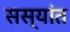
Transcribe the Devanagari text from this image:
सस्यांत